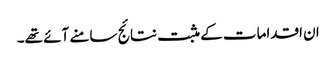
ان اقدامات کے مثبت نتائج سامنے آئے تھے۔